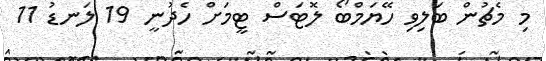
މި މެޗުން ބަލިވި ހޭޔަމްބޯ ލޮޓަސް ޓީމަށް ހެދުނީ 19 ލަނޑު 11